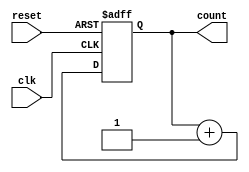
module synchronous_counter (
    input wire clk,          // Clock input
    input wire reset,        // Asynchronous reset input
    output reg [3:0] count   // 4-bit counter output
);

// Always block triggered on the rising edge of the clock or when reset is high
always @(posedge clk or posedge reset) begin
    if (reset) begin
        count <= 4'b0000;    // Reset the counter to 0
    end else begin
        count <= count + 1;  // Increment the counter
    end
end

endmodule